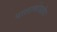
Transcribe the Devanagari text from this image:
पालाकोडक्षेत्र